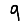
Digit: 9